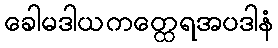
ခေါမဒါယကတ္ထေရအပဒါနံ